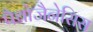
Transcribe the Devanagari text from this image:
पैथोजैनेसिस